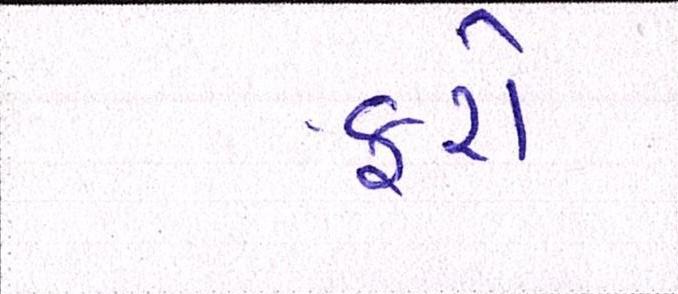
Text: ફરો